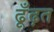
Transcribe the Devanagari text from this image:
ढूँढ़त